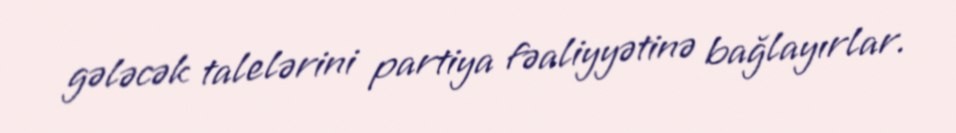
gələcək talelərini partiya fəaliyyətinə bağlayırlar.